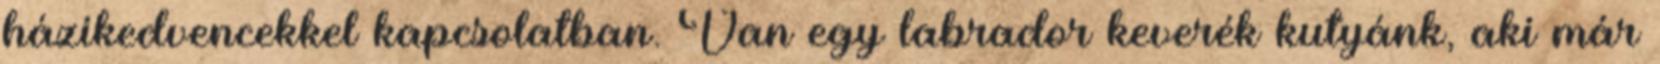
házikedvencekkel kapcsolatban. Van egy labrador keverék kutyánk, aki már